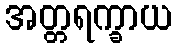
အတ္တရက္ခာယ